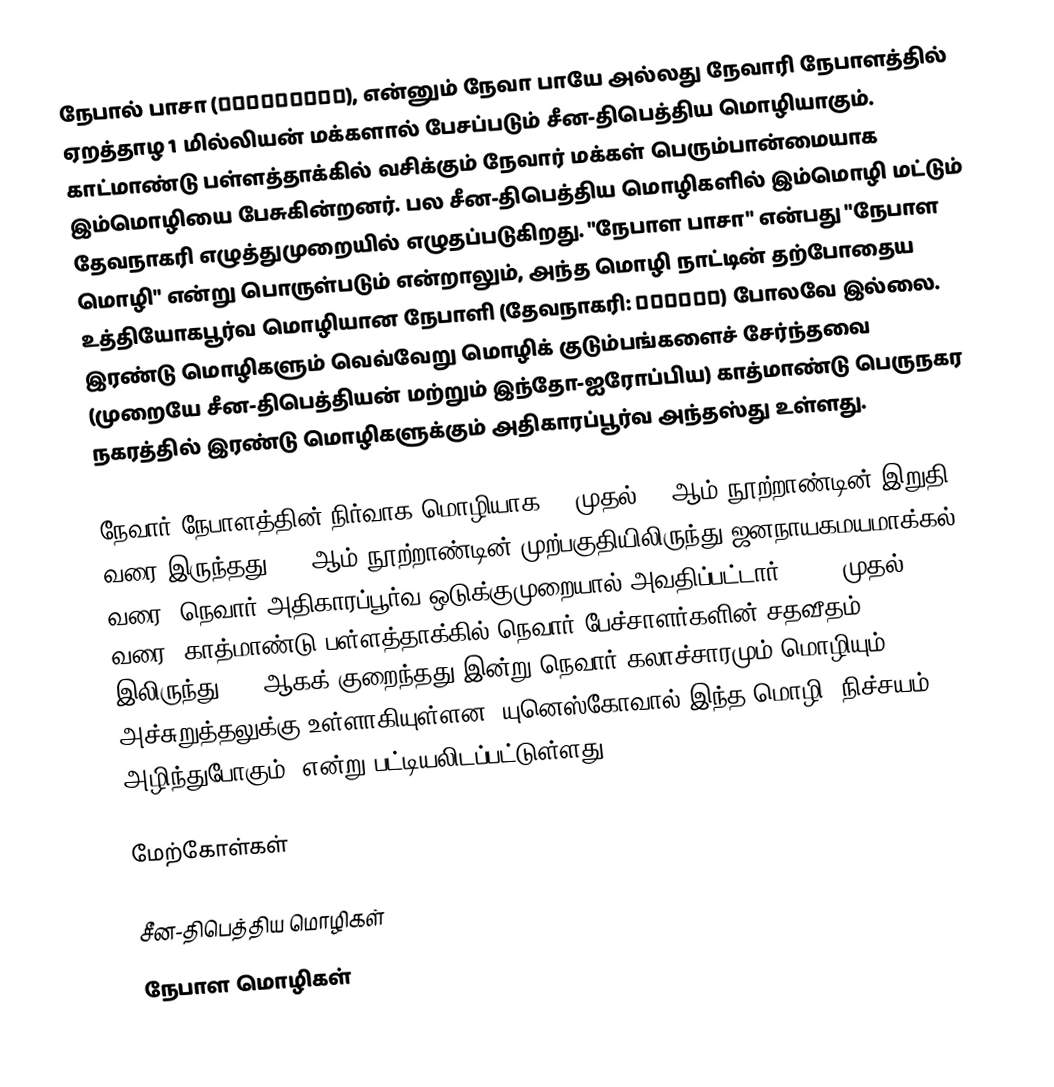
நேபால் பாசா (नेपालभाषा), என்னும் நேவா பாயே அல்லது நேவாரி நேபாளத்தில் ஏறத்தாழ 1 மில்லியன் மக்களால் பேசப்படும் சீன-திபெத்திய மொழியாகும். காட்மாண்டு  பள்ளத்தாக்கில் வசிக்கும் நேவார் மக்கள் பெரும்பான்மையாக இம்மொழியை பேசுகின்றனர். பல சீன-திபெத்திய மொழிகளில் இம்மொழி மட்டும் தேவநாகரி எழுத்துமுறையில் எழுதப்படுகிறது.  "நேபாள பாசா" என்பது "நேபாள மொழி" என்று பொருள்படும் என்றாலும், அந்த மொழி நாட்டின் தற்போதைய உத்தியோகபூர்வ மொழியான நேபாளி (தேவநாகரி: नेपाली) போலவே இல்லை.  இரண்டு மொழிகளும் வெவ்வேறு மொழிக் குடும்பங்களைச் சேர்ந்தவை (முறையே சீன-திபெத்தியன் மற்றும் இந்தோ-ஐரோப்பிய)  காத்மாண்டு பெருநகர நகரத்தில் இரண்டு மொழிகளுக்கும் அதிகாரப்பூர்வ அந்தஸ்து உள்ளது.

நேவார் நேபாளத்தின் நிர்வாக மொழியாக 14 முதல் 18 ஆம் நூற்றாண்டின் இறுதி வரை இருந்தது. 20 ஆம் நூற்றாண்டின் முற்பகுதியிலிருந்து ஜனநாயகமயமாக்கல் வரை, நெவார் அதிகாரப்பூர்வ ஒடுக்குமுறையால் அவதிப்பட்டார். 1952 முதல் 1991 வரை, காத்மாண்டு பள்ளத்தாக்கில் நெவார் பேச்சாளர்களின் சதவீதம் 75% இலிருந்து 44% ஆகக் குறைந்தது இன்று நெவார் கலாச்சாரமும் மொழியும் அச்சுறுத்தலுக்கு உள்ளாகியுள்ளன. யுனெஸ்கோவால் இந்த மொழி "நிச்சயம் அழிந்துபோகும்" என்று பட்டியலிடப்பட்டுள்ளது.

மேற்கோள்கள்

சீன-திபெத்திய மொழிகள்
நேபாள மொழிகள்